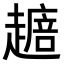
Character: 𧽴